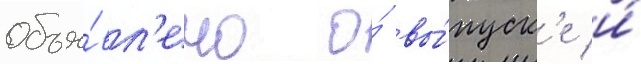
объя́вл'ено о́ вы́пуск'е и́